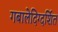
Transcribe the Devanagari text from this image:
गबालेदिग्दर्शित